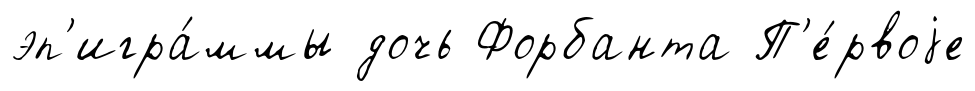
эп'игра́ммы дочь Форбанта П'е́рвоjе